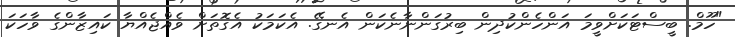
"ހޫމް. ބީސްޓަކަށްވީމަ އަންހެންކުދިން ބިރުގަންނާނެކަން އެނގޭ. އެކަމަކު އެގޮތަށް ވެއްޖެއްޔާ ކައިޒާންގެ ވާހަކަ